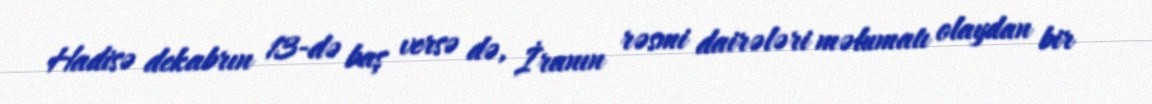
Hadisə dekabrın 13-də baş versə də, İranın rəsmi dairələri məlumatı olaydan bir